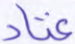
عتاد